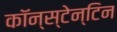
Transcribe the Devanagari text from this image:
कॉन्स्टेन्टिन